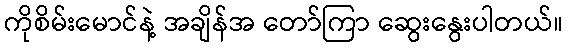
ကိုစိမ်းမောင်နဲ့ အချိန်အ တော်ကြာ ဆွေးနွေးပါတယ်။